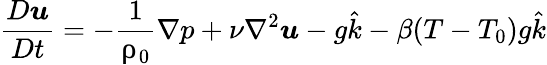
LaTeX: \frac{D\boldsymbol{u}}{Dt}=-\frac{1}{\uprho_{0}}\nabla p+\nu\nabla^{2}\boldsymbol{u}-g\hat{k}-\beta(T-T_{0})g\hat{k}